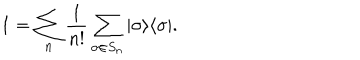
LaTeX: 1 = \sum _ { n } \frac { 1 } { n ! } \sum _ { \sigma \in S _ { n } } | \sigma \rangle \langle \sigma | .